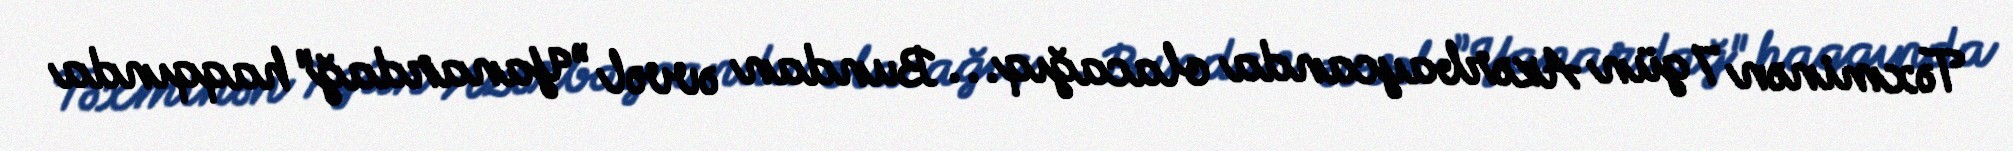
Təxminən 7 gün Azərbaycanda olacağıq... Bundan əvvəl ”Yanardağ" haqqında